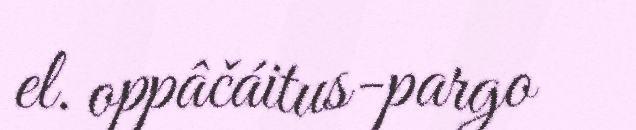
el. oppâčáitus-pargo